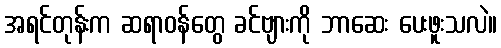
အရင်တုန်းက ဆရာဝန်တွေ ခင်ဗျားကို ဘာဆေး ပေးဖူးသလဲ။